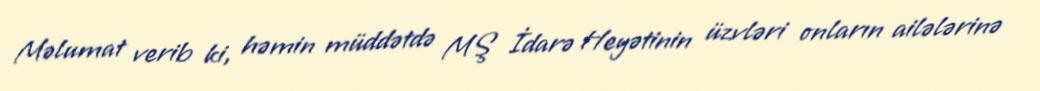
Məlumat verib ki, həmin müddətdə MŞ İdarə Heyətinin üzvləri onların ailələrinə